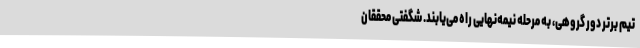
تیم برتر دور گروهی، به مرحله نیمه‌نهایی راه می‌یابند. شگفتی محققان